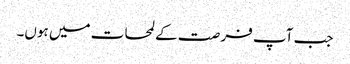
جب آپ فر صت کے لمحات میں ہوں۔